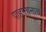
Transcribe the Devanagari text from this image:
पाहातानाच